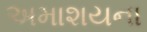
અમાશયના